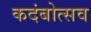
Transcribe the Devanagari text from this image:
कदंबोत्सव